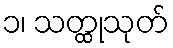
၁၊ သတ္ထုသုတ်